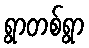
ရွာတစ်ရွာ